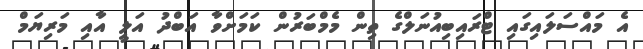
އެ މައްސަލައިގައި ޓްރައިބިއުނަލްގެ ތިން މެމްބަރުން ކަމަށްވާ އަބްދު އަލީ އާއި މަރިޔަމް